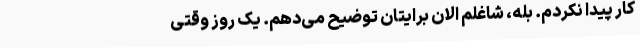
کار پیدا نکردم. بله، شاغلم الان برایتان توضیح می‌دهم. یک روز وقتی